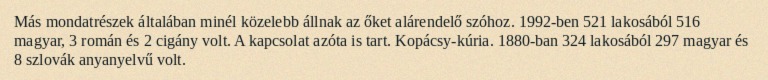
Más mondatrészek általában minél közelebb állnak az őket alárendelő szóhoz. 1992-ben 521 lakosából 516 magyar, 3 román és 2 cigány volt. A kapcsolat azóta is tart. Kopácsy-kúria. 1880-ban 324 lakosából 297 magyar és 8 szlovák anyanyelvű volt.